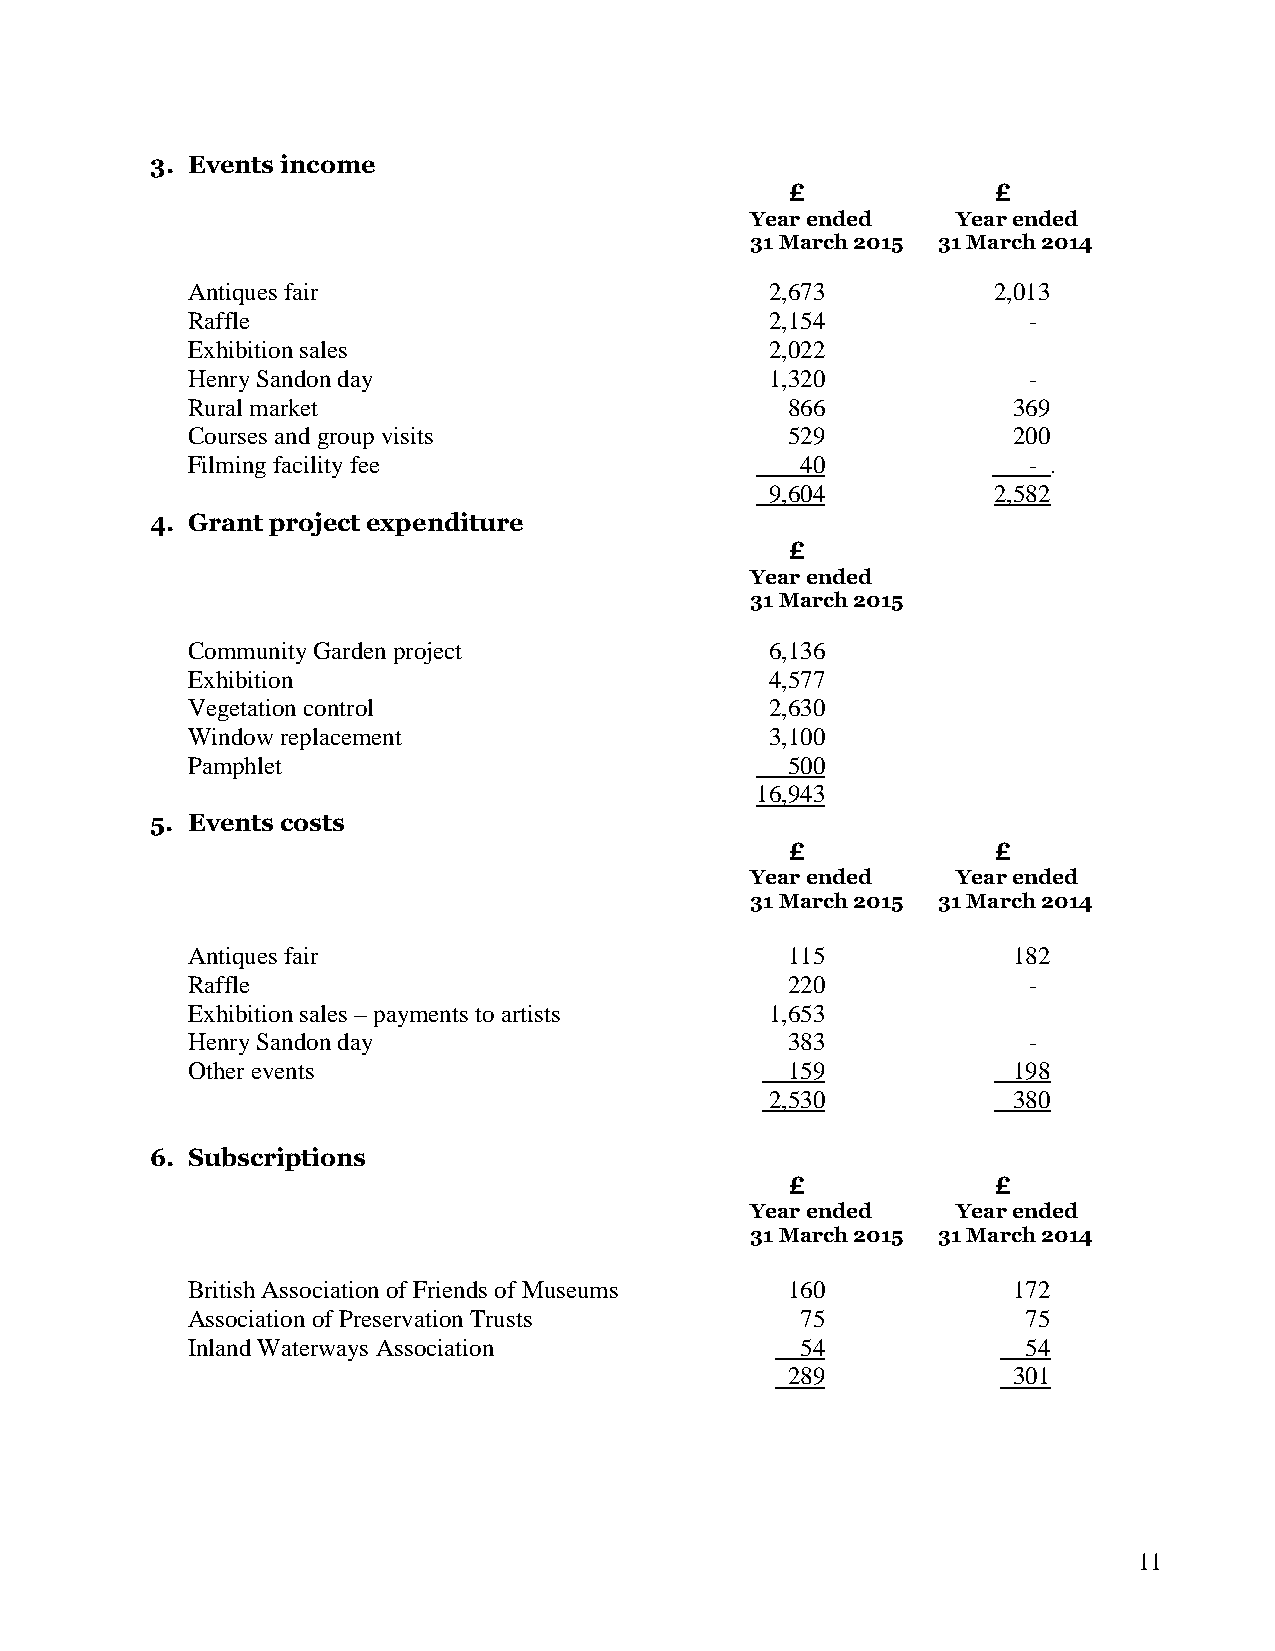
3. Events income
 £             £
 Year ended   Year ended
 31 March 2015 31 March 2014
 Antiques fair                          2,673          2,013
 Raffle                                 2,154            -
 Exhibition sales                       2,022
 Henry Sandon day                       1,320            -
 Rural market                            866            369
 Courses and group visits                529            200
 Filming facility fee                     40             - .
 9,604          2,582
 4. Grant project expenditure
 £
 Year ended
 31 March 2015
 Community Garden project               6,136
 Exhibition                             4,577
 Vegetation control                     2,630
 Window replacement                     3,100
 Pamphlet                                500
 16,943
 5. Events costs
 £             £
 Year ended   Year ended
 31 March 2015 31 March 2014
 Antiques fair                           115            182
 Raffle                                  220             -
 Exhibition sales – payments to artists 1,653
 Henry Sandon day                        383             -
 Other events                            159            198
 2,530           380
 6. Subscriptions
 £             £
 Year ended   Year ended
 31 March 2015 31 March 2014
 British Association of Friends of Museums 160          172
 Association of Preservation Trusts       75             75
 Inland Waterways Association             54             54
 289            301
 11